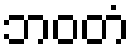
ဘဝတံ